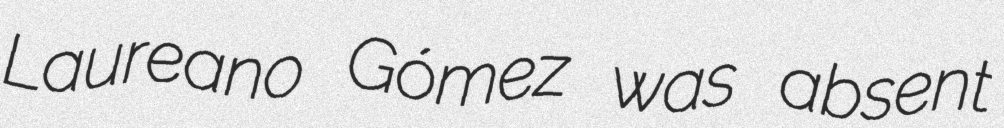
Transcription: Laureano Gómez was absent